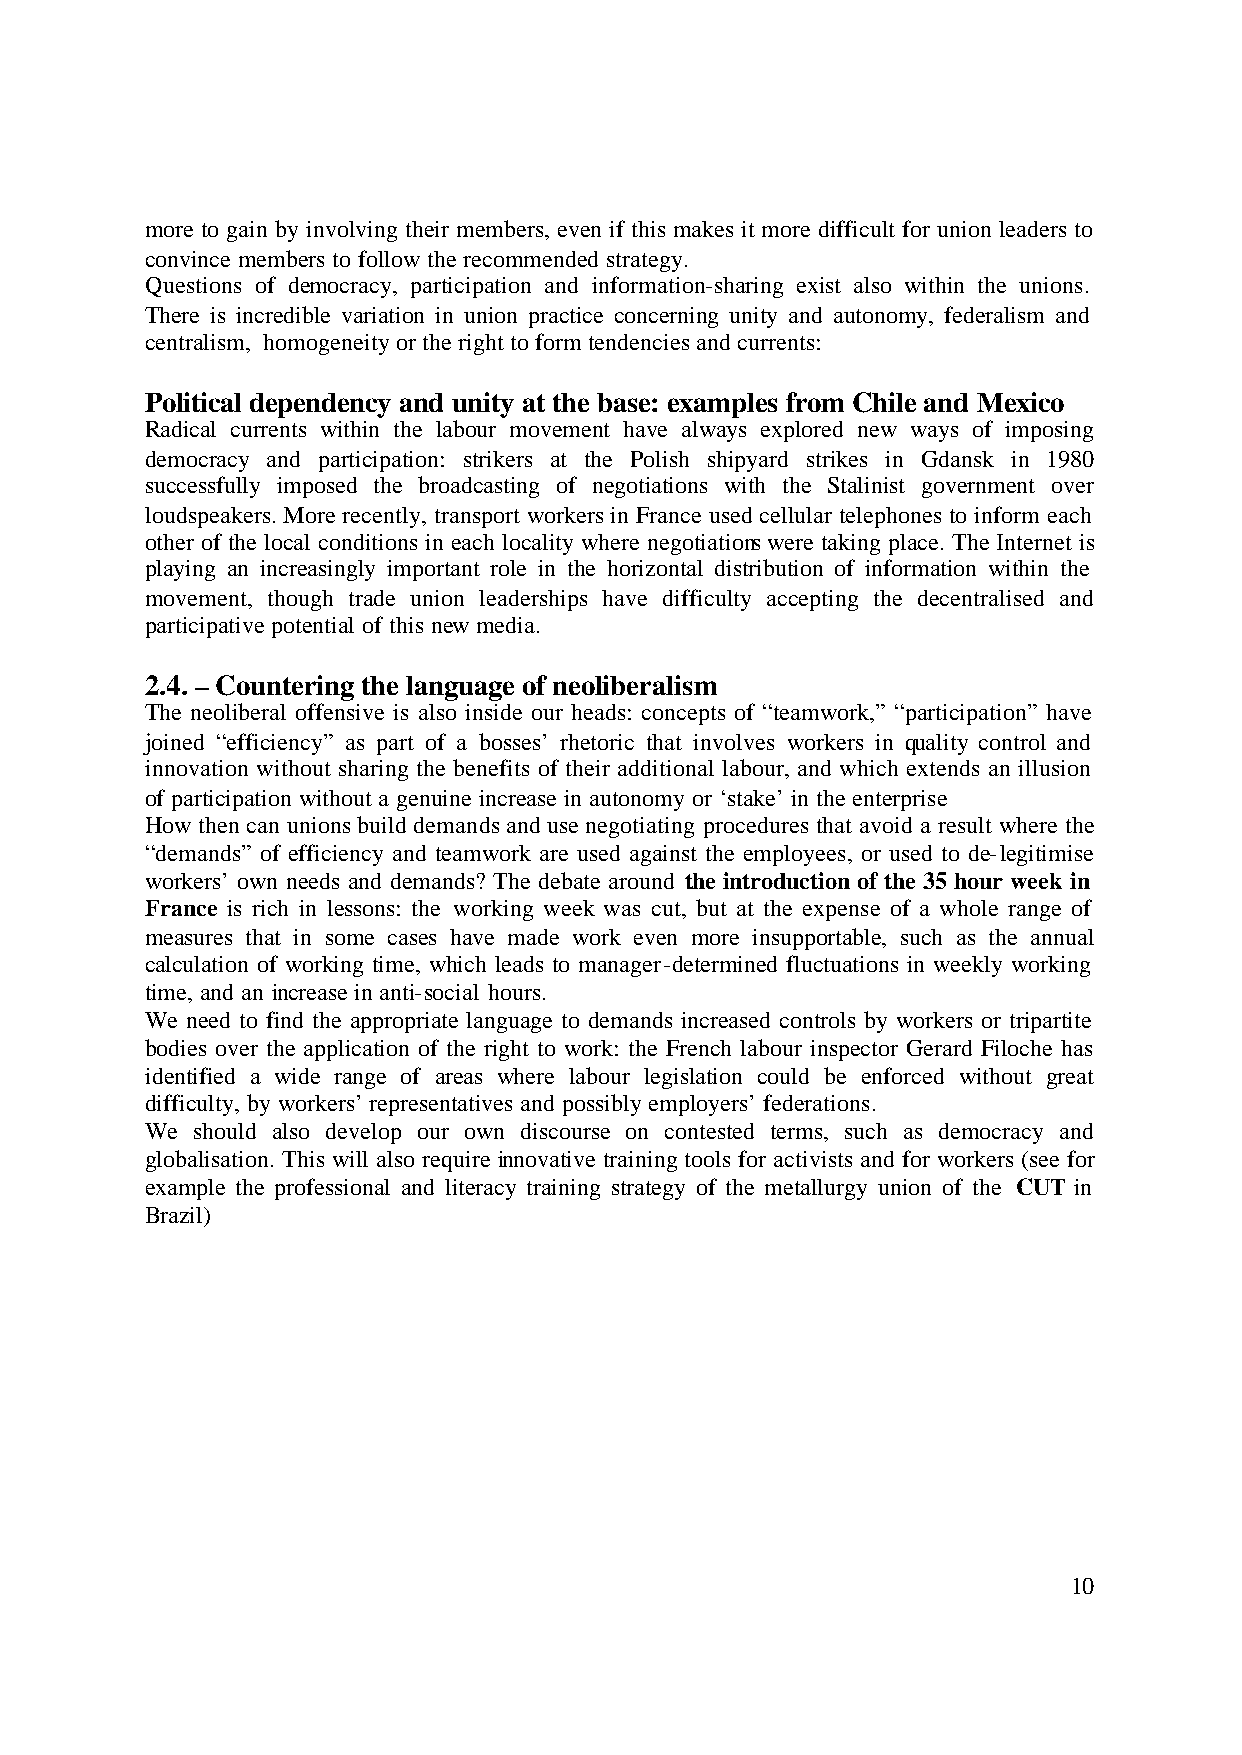
more to gain by involving their members, even if this makes it more difficult for union leaders to
 convince members to follow the recommended strategy.
 Questions of democracy, participation and information-sharing exist also within the unions.
 There is incredible variation in union practice concerning unity and autonomy, federalism and
 centralism, homogeneity or the right to form tendencies and currents:
 Political dependency and unity at the base: examples from Chile and Mexico
 Radical currents within the labour movement have always explored new ways of imposing
 democracy and participation: strikers at the Polish shipyard strikes in Gdansk in 1980
 successfully imposed the broadcasting of negotiations with the Stalinist government over
 loudspeakers. More recently, transport workers in France used cellular telephones to inform each
 other of the local conditions in each locality where negotiations were taking place. The Internet is
 playing an increasingly important role in the horizontal distribution of information within the
 movement, though trade union leaderships have difficulty accepting the decentralised and
 participative potential of this new media.
 2.4. – Countering the language of neoliberalism
 The neoliberal offensive is also inside our heads: concepts of “teamwork,” “participation” have
 joined “efficiency” as part of a bosses’ rhetoric that involves workers in quality control and
 innovation without sharing the benefits of their additional labour, and which extends an illusion
 of participation without a genuine increase in autonomy or ‘stake’ in the enterprise
 How then can unions build demands and use negotiating procedures that avoid a result where the
 “demands” of efficiency and teamwork are used against the employees, or used to de-legitimise
 workers’ own needs and demands? The debate around the introduction of the 35 hour week in
 France is rich in lessons: the working week was cut, but at the expense of a whole range of
 measures that in some cases have made work even more insupportable, such as the annual
 calculation of working time, which leads to manager-determined fluctuations in weekly working
 time, and an increase in anti-social hours.
 We need to find the appropriate language to demands increased controls by workers or tripartite
 bodies over the application of the right to work: the French labour inspector Gerard Filoche has
 identified a wide range of areas where labour legislation could be enforced without great
 difficulty, by workers’ representatives and possibly employers’ federations.
 We should also develop our own discourse on contested terms, such as democracy and
 globalisation. This will also require innovative training tools for activists and for workers (see for
 example the professional and literacy training strategy of the metallurgy union of the CUT in
 Brazil)
 10